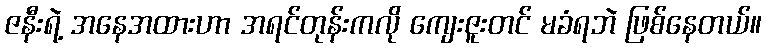
ဇနီးရဲ့ အနေအထားဟာ အရင်တုန်းကလို ကျေးဇူးတင် မခံရဘဲ ဖြစ်နေတယ်။